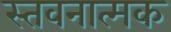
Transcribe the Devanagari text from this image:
स्तवनात्मक